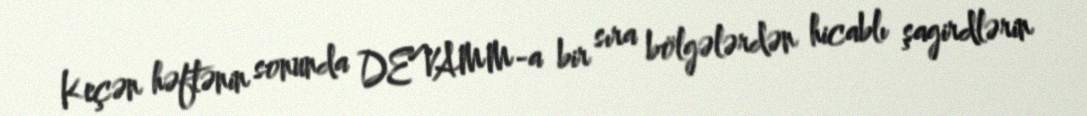
Keçən həftənin sonunda DEVAMM-a bir sıra bölgələrdən hicablı şagirdlərin